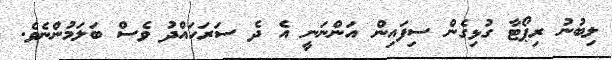
ލިބުނު ރިޕޯޓާ ގުޅިގެން ސިފައިން އަންނަނީ އެ ދެ ސަރަހައްދު ވެސް ބަލަމުންނެވެ.